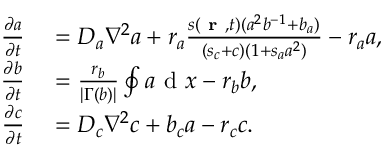
\begin{array} { r l } { \frac { \partial a } { \partial t } } & { { } = D _ { a } \nabla ^ { 2 } a + r _ { a } \frac { s ( \textbf { r } , t ) ( a ^ { 2 } b ^ { - 1 } + b _ { a } ) } { ( s _ { c } + c ) ( 1 + s _ { a } a ^ { 2 } ) } - r _ { a } a , } \\ { \frac { \partial b } { \partial t } } & { { } = \frac { r _ { b } } { | \Gamma ( b ) | } \oint a \mathrm { ~ d ~ } x - r _ { b } b , } \\ { \frac { \partial c } { \partial t } } & { { } = D _ { c } \nabla ^ { 2 } c + b _ { c } a - r _ { c } c . } \end{array}